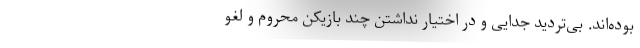
بوده‌اند. بی‌تردید جدایی و در اختیار نداشتن چند بازیکن محروم و لغو